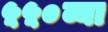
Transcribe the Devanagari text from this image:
५५०व्या